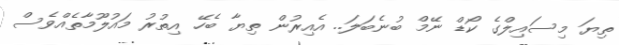
ތިޔަ މިސައިލްގެ ކޯޑް ނޭމް ބުނެބަލަ.. އެއިރުން ތިޔާ ބެހޭ އިތުރު މައުލޫމާތެއްވެސް